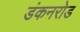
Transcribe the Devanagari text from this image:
डंकनरोड